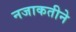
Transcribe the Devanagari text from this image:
नजाकतीने